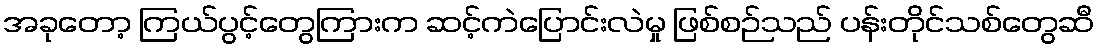
အခုတော့ ကြယ်ပွင့်တွေကြားက ဆင့်ကဲပြောင်းလဲမှု ဖြစ်စဉ်သည် ပန်းတိုင်သစ်တွေဆီ